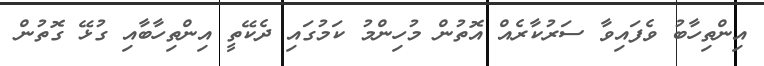
އިންތިހާބު ވެފައިވާ ސަރުކާރެއް އޮތުން މުހިންމު ކަމުގައި ދެކޭތީ އިންތިހާބާއި ގުޅޭ ގޮތުން